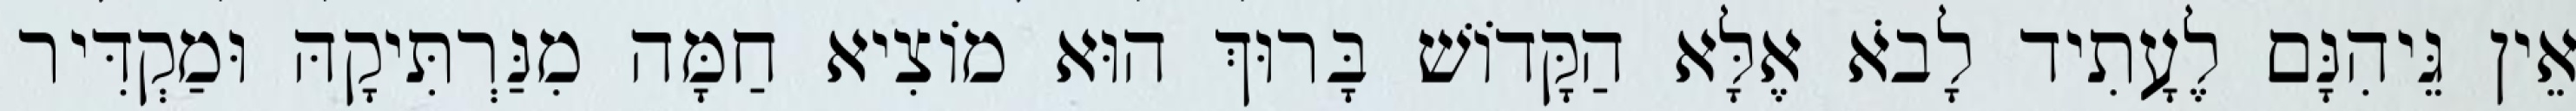
אֵין גֵּיהִנָּם לֶעָתִיד לָבֹא אֶלָּא הַקָּדוֹשׁ בָּרוּךְ הוּא מוֹצִיא חַמָּה מִנַּרְתִּיקָהּ וּמַקְדִּיר